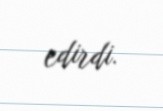
edirdi.